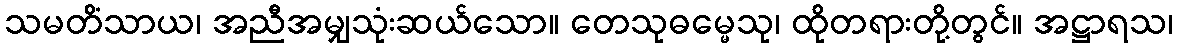
သမတိံသာယ၊ အညီအမျှသုံးဆယ်သော။ တေသုဓမ္မေသု၊ ထိုတရားတို့တွင်။ အဋ္ဌာရသ၊